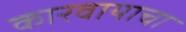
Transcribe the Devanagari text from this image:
कारवायाचा